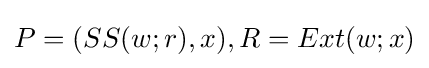
P=(SS(w;r),x),R=Ext(w;x)